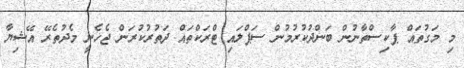
މި މަގުތައް ޕާކިސްތާނުން ބަންދުކުރުމުން ސަޕްލައި ޓްރަކްތައް ދަތުރުކުރަން ޖެހެނީ މެދުތެރޭ އޭޝިޔާ